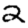
Digit: 2